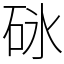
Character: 砯